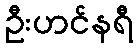
ဦးဟင်နရီ